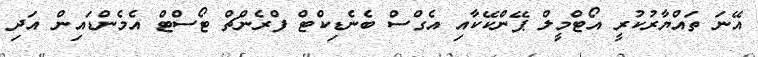
އޭނަ ތައްޔާރުކުރީ އޯޓްމީލް ޕޭންކޭކާއި އެގްސް ބެނެޑިކްޓް ފްރެންޗް ޓޯސްޓް އެމެންޑައިން އަދި